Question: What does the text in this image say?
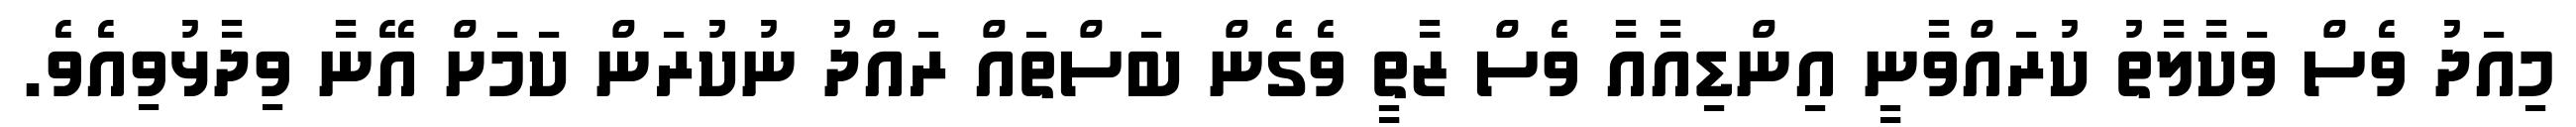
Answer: މިއަދު ވެސް ވަކާލާތު ކުރައްވާނީ އިންޑިއާއާ ވެސް ޒާތީ ވެގެން ބަސްތައް ރައްދު ނުކުރަން ކަމަށް އޭނާ ވިދާޅުވިއެވެ.